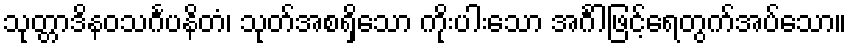
သုတ္တာဒိနဝသင်္ဂပနိတံ၊ သုတ်အစရှိသော ကိုးပါးသော အင်္ဂါဖြင့်ရေတွက်အပ်သော။